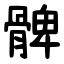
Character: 髀